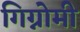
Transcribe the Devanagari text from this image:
गिग्नोमी